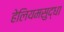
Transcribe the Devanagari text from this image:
हेलियमसुद्धा